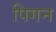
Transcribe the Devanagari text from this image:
पिगन